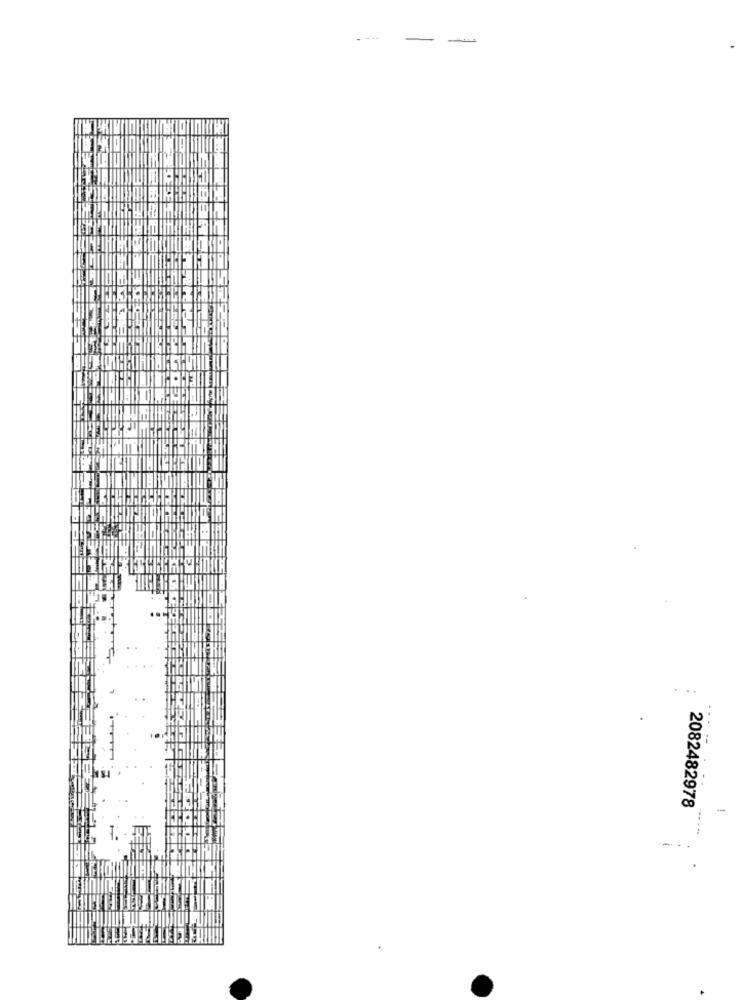
-
-
2082482978